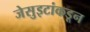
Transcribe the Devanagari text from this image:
जेसुइटांकडून